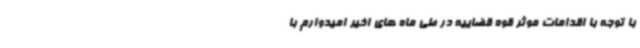
با توجه با اقدامات موثر قوه قضاییه در طی ماه های اخیر امیدوارم با